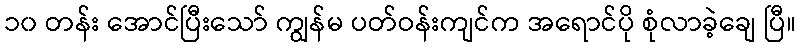
၁၀ တန်း အောင်ပြီးသော် ကျွန်မ ပတ်ဝန်းကျင်က အရောင်ပို စုံလာခဲ့ချေ ပြီ။